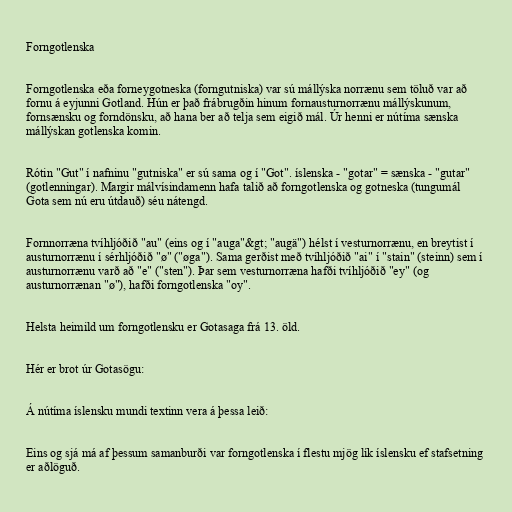
Forngotlenska

Forngotlenska eða forneygotneska (forngutniska) var sú mállýska norrænu sem töluð var að
fornu á eyjunni Gotland. Hún er það frábrugðin hinum fornausturnorrænu mállýskunum,
fornsænsku og forndönsku, að hana ber að telja sem eigið mál. Úr henni er nútíma sænska
mállýskan gotlenska komin.

Rótin "Gut" í nafninu "gutniska" er sú sama og í "Got". íslenska - "gotar" = sænska - "gutar"
(gotlenningar). Margir málvísindamenn hafa talið að forngotlenska og gotneska (tungumál
Gota sem nú eru útdauð) séu nátengd.

Fornnorræna tvíhljóðið "au" (eins og í "auga"&gt; "augä") hélst í vesturnorrænu, en breytist í
austurnorrænu í sérhljóðið "ø" ("øga"). Sama gerðist með tvíhljóðið "ai" í "stain" (steinn) sem í
austurnorrænu varð að "e" ("sten"). Þar sem vesturnorræna hafði tvíhljóðið "ey" (og
austurnorrænan "ø"), hafði forngotlenska "oy".

Helsta heimild um forngotlensku er Gotasaga frá 13. öld.

Hér er brot úr Gotasögu:

Á nútíma íslensku mundi textinn vera á þessa leið:

Eins og sjá má af þessum samanburði var forngotlenska í flestu mjög lík íslensku ef stafsetning
er aðlöguð.